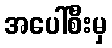
အပေါ်စီးမှ